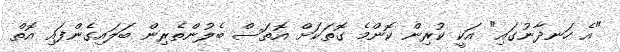
"އެ ހަނދާނުގައި" އަކީ ކުރިން ކޮންމެ ގޮތަކަށް އޮތަސް ބެލުންތެރިން ބަލައިގެންފައި އޮތް